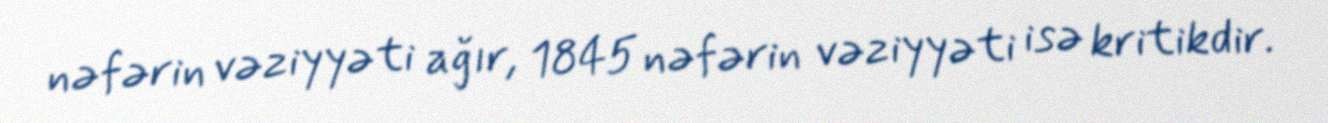
nəfərin vəziyyəti ağır, 1845 nəfərin vəziyyəti isə kritikdir.